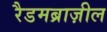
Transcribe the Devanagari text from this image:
रैडमब्राज़ील